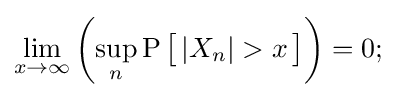
\lim _{x\to \infty }\left(\sup _{n}\operatorname {P} {\big [}\,|X_{n}|>x\,{\big ]}\right)=0;